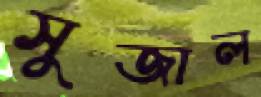
সুজাল